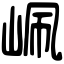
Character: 𡶺